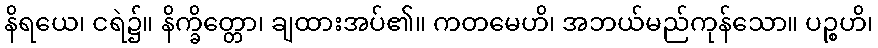
နိရယေ၊ ငရဲ၌။ နိက္ခိတ္တော၊ ချထားအပ်၏။ ကတမေဟိ၊ အဘယ်မည်ကုန်သော။ ပဉ္စဟိ၊